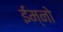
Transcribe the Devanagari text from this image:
ईम्नो